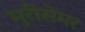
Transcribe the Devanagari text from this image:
मुरीसेमर